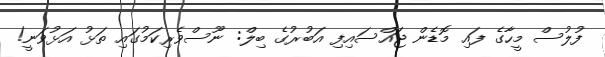
ފުލުސް މީހާގެ ފައި މޮޑެން ޖައްސައިފި އަބުރުގެ ބިލް: ނޫސްވެރިކަމުގައި ތަޅު އަޅުވަނީ!